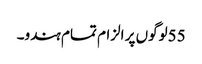
55لوگوں پر الزام تمام ہندو۔